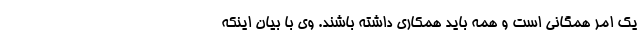
یک امر همگانی است و همه باید همکاری داشته باشند. وی با بیان اینکه